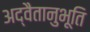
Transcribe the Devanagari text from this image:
अद्वैतानुभूति